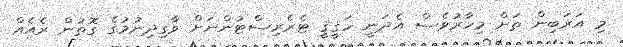
މި އަރަބިން ތަށް މިހާރުވެސް އެދަނީ ހަޤީޤީ ޓެރެރިސްޓުންނަށް ވާގިދިނުމުގެ ގޮތުން ރެއެއް